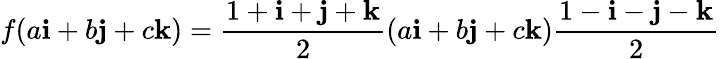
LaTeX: f(a\mathbf{i}+b\mathbf{j}+c\mathbf{k})={\frac{1+\mathbf{i}+\mathbf{j}+\mathbf{k}}{2}}(a\mathbf{i}+b\mathbf{j}+c\mathbf{k}){\frac{1-\mathbf{i}-\mathbf{j}-\mathbf{k}}{2}}